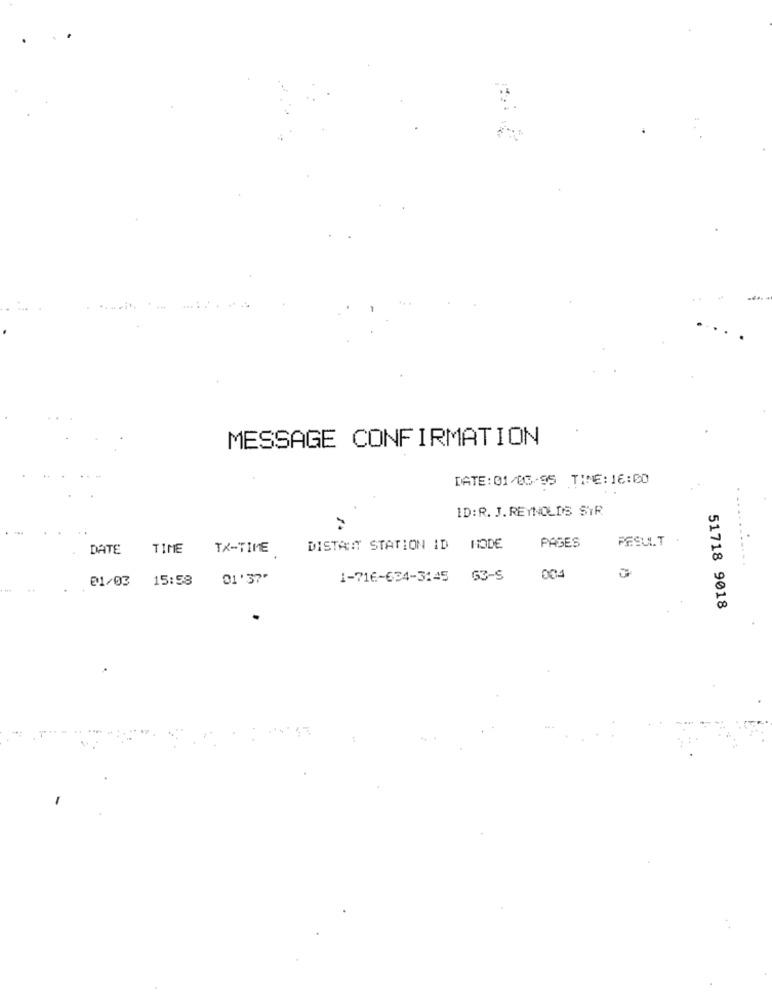
MESSAGE CONFIRMATION
DATE:01/03-95 TINE: 16:00
ID: R. J. REYNOLDS STR
.....
DATE
TIME
TX-TIME
DISTAIT STATION ID HODE
PASES
....
@1/03 15:58
01'37"
1-716-634-3145
53-5
004
51718 9018